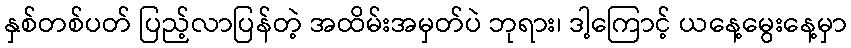
နှစ်တစ်ပတ် ပြည့်လာပြန်တဲ့ အထိမ်းအမှတ်ပဲ ဘုရား၊ ဒါ့ကြောင့် ယနေ့မွေးနေ့မှာ